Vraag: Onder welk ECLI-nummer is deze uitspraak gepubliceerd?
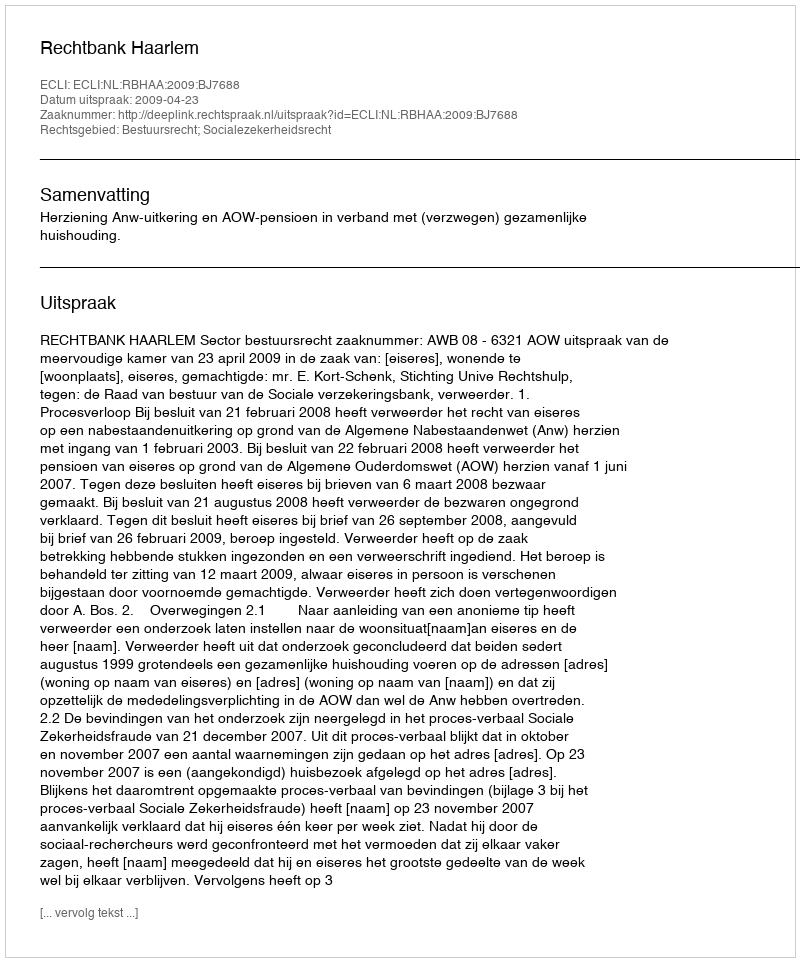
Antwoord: ECLI:NL:RBHAA:2009:BJ7688